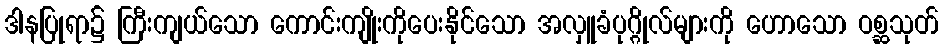
ဒါနပြုရာ၌ ကြီးကျယ်သော ကောင်းကျိုးကိုပေးနိုင်သော အလှူခံပုဂ္ဂိုလ်များကို ဟောသော ဝစ္ဆသုတ်